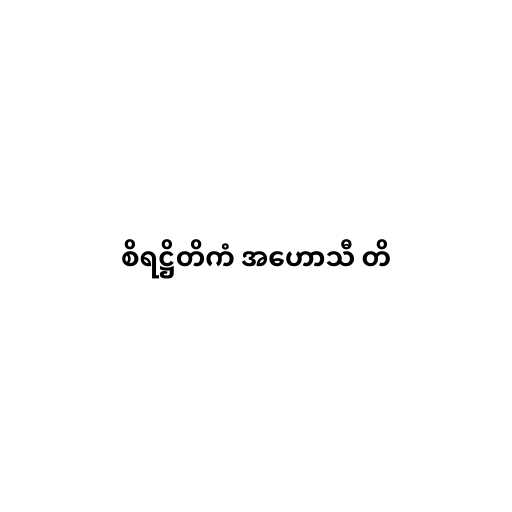
စိရဋ္ဌိတိကံ အဟောသီ တိ